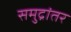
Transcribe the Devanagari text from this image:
समुद्रांतर